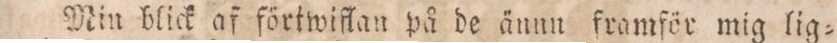
Min blick af förtwiflan på de ännu framför mig lig=